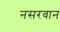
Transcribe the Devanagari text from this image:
नसरवान